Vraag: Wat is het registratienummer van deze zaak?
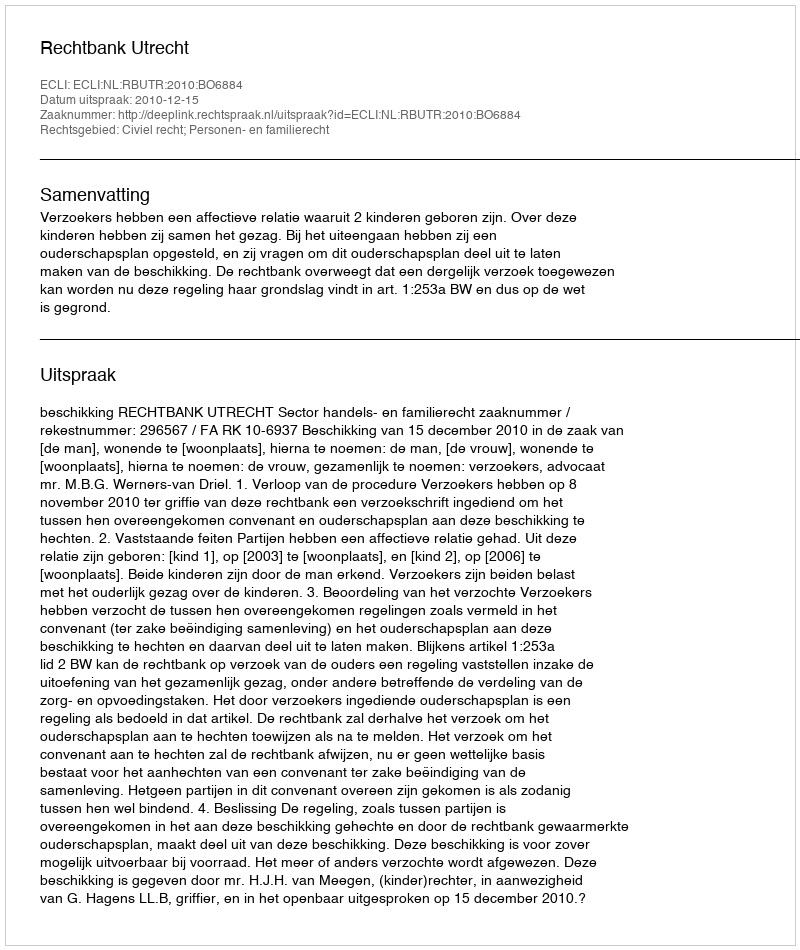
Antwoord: http://deeplink.rechtspraak.nl/uitspraak?id=ECLI:NL:RBUTR:2010:BO6884